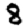
Digit: 8